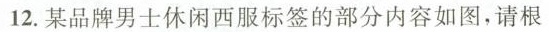
12.某品牌男士休闲西服标签的部分内容如图，请根